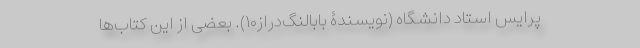
پرایس استاد دانشگاه (نویسندۀ بابالنگ‌دراز۱۰). بعضی از این کتاب‌ها